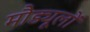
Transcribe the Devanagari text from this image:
मौड्यूलों